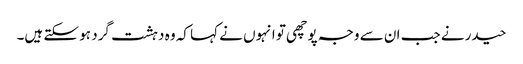
حیدر نے جب ان سے وجہ پوچھی تو انہوں نے کہا کہ وہ دہشت گرد ہو سکتے ہیں۔